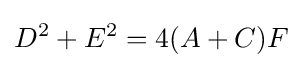
D^{2}+E^{2}=4(A+C)F